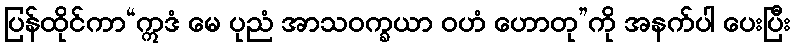
ပြန်ထိုင်ကာ“ဣဒံ မေ ပုညံ အာသဝက္ခယာ ဝဟံ ဟောတု”ကို အနက်ပါ ပေးပြီး